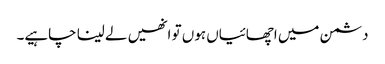
دشمن میں اچھائیاں ہوں تو انھیں لے لینا چاہیے۔